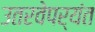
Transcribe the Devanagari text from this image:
उतरवेपर्यंत